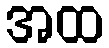
အထ